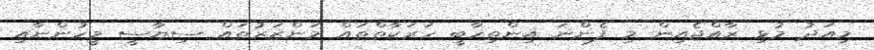
މިއަދު މުޅި ރާއްޖެއިން މި ފެންނަ އިންތިހާބީ ހަރަކާތްތައް މަންޒަރުތައް ސިޔާސީ މީހުންނާއި